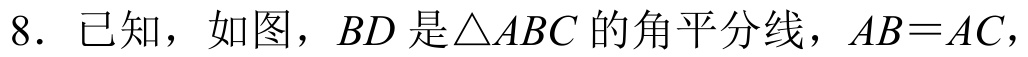
8. 已知，如图，\(BD\)是\(\triangle ABC\)的角平分线，\(AB = AC\)，